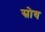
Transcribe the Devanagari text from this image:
स्रोव